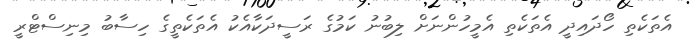
އެތަކެތި ހޯދައިދީ އެތަކެތި އެމީހުންނަށް ލިބުނު ކަމުގެ ރަސީދަކާއެކު އެތަކެތީގެ ހިސާބު މިނިސްޓްރީ